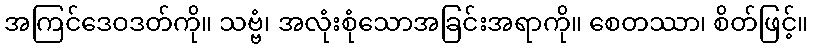
အကြင်ဒေဝဒတ်ကို။ သဗ္ဗံ၊ အလုံးစုံသောအခြင်းအရာကို။ စေတဿာ၊ စိတ်ဖြင့်။